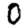
Digit: 0